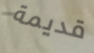
قديمة